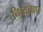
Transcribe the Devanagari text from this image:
नित्यविहार